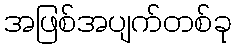
အဖြစ်အပျက်တစ်ခု